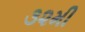
૩૨મી